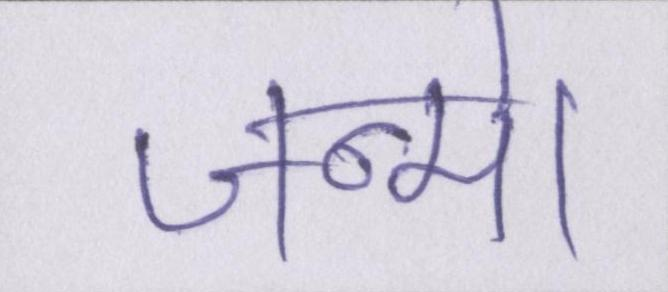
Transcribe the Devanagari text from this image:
जन्मे।